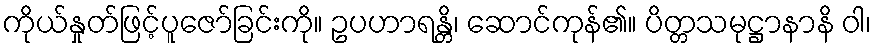
ကိုယ်နှုတ်ဖြင့်ပူဇော်ခြင်းကို။ ဥပဟာရန္တိ၊ ဆောင်ကုန်၏။ ပိတ္တသမုဋ္ဌာနာနိ ဝါ၊